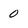
Character: 0